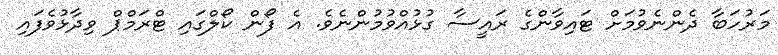
މަރުހަބާ ދެންނެވުމަށް ޓައިވާންގެ ރައީސާ ގުޅުއްވުމުންނެވެ. އެ ފޯން ކޯލްގައި ޓްރަމްޕް ވިދާޅުވެފައި